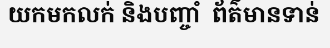
យកមកលក់ និងបញ្ចាំ  ព័ត៌មានទាន់